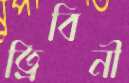
ত্রিবিনী